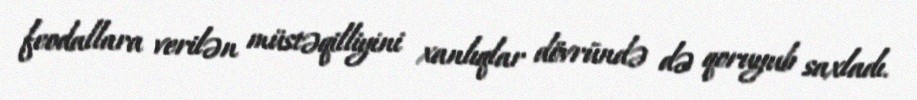
feodallara verilən müstəqilliyini xanlıqlar dövründə də qoruyub saxladı.